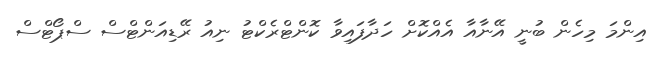
އިންމަ މިހެން ބުނީ އޭނާއާ އެއްކޮށް ހަދާފައިވާ ކޮންޓްރެކްޓު ނިއު ރޭޑިއަންޓްސް ސްޕޯޓްސް